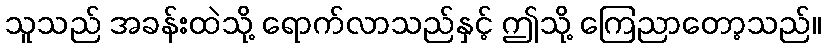
သူသည် အခန်းထဲသို့ ရောက်လာသည်နှင့် ဤသို့ ကြေညာတော့သည်။